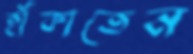
হাঁকাতেন